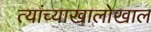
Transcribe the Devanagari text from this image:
त्यांच्याखालोखाल